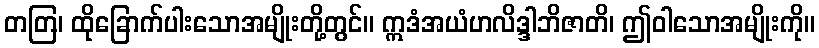
တတြ၊ ထိုခြောက်ပါးသောအမျိုးတို့တွင်။ ဣဒံအယံဟလိဒ္ဒါဘိဇာတိ၊ ဤဝါသောအမျိုးကို။